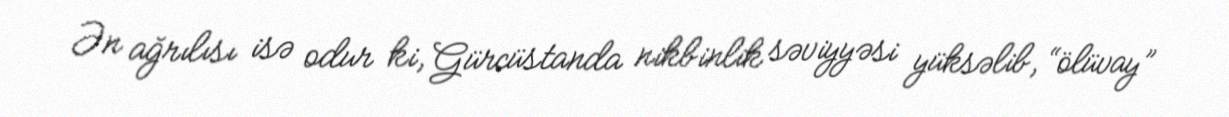
Ən ağrılısı isə odur ki, Gürcüstanda nikbinlik səviyyəsi yüksəlib, “ölüvay”